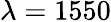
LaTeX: \lambda=1550